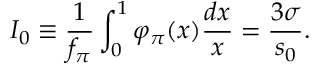
I _ { 0 } \equiv \frac 1 { f _ { \pi } } \int _ { 0 } ^ { 1 } \varphi _ { \pi } ( x ) \frac { d x } { x } = \frac { 3 \sigma } { s _ { 0 } } .